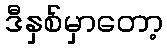
ဒီနှစ်မှာတော့